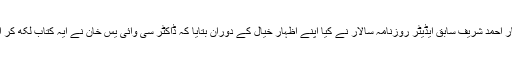
کتاب کا اجراء بدست افتخار احمد شریف سابق ایڈیٹر روزنامہ سالار نے کیا اپنے اظہار خیال کے دوران بتایا کہ ڈاکٹر سی وائی یس خان نے ایہ کتاب لکھ کر ایک کارنامہ انجام دیا ہے۔